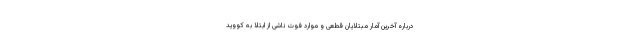
درباره آخرین آمار مبتلایان قطعی و موارد فوت ناشی از ابتلا به کووید